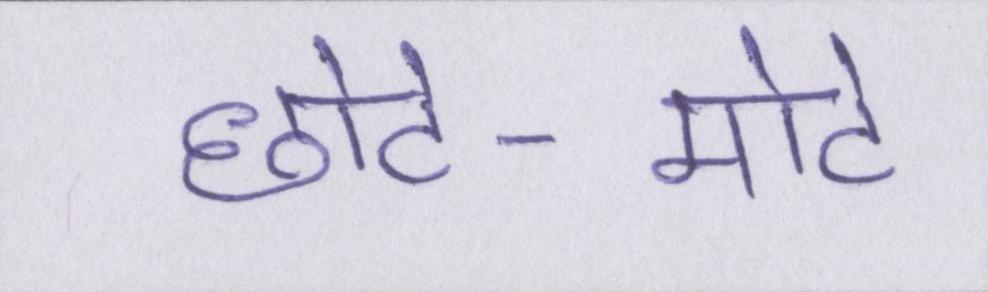
छोटे-मोटे